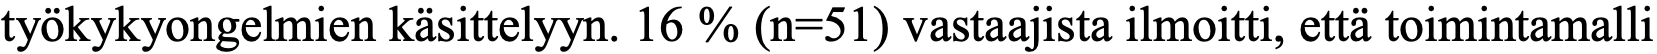
työkykyongelmien käsittelyyn. 16 % (n=51) vastaajista ilmoitti, että toimintamalli